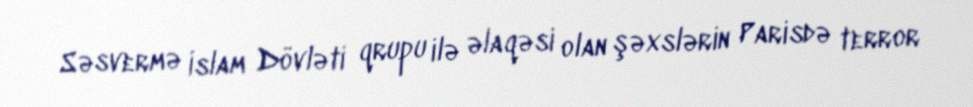
Səsvermə İslam Dövləti qrupu ilə əlaqəsi olan şəxslərin Parisdə terror